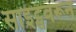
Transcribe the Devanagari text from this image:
साइट्सवरून